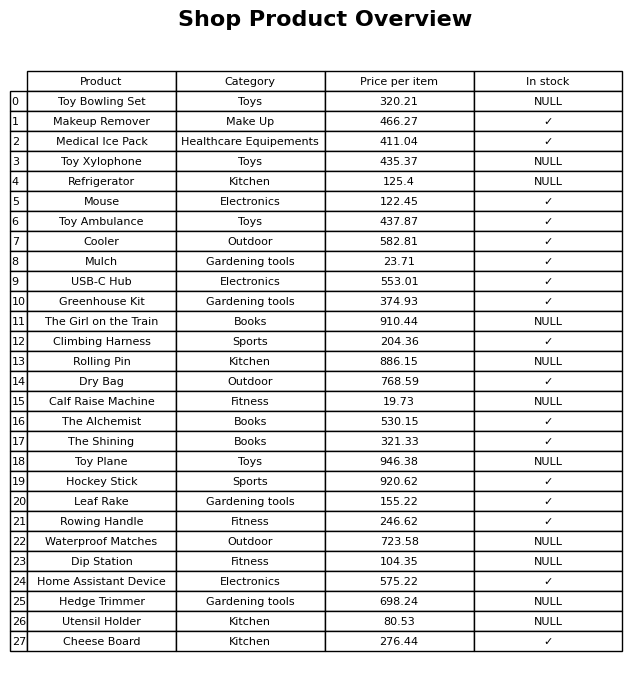
question: What is the price of the Toy Plane?
answer: The price of Toy Plane is 946.38.